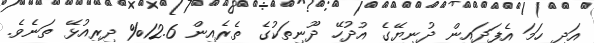
އަދި ހަމަ އެފަދައިން ދުނިޔޭގެ އުދުހޭ ދޫނިތަކުގެ ތެރެއިން 12.6% ދިރިއުޅޭ ތަނެވެ.